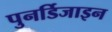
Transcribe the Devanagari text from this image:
पुनर्डिजाइन